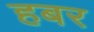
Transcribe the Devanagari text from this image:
हबर